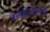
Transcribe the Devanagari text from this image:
नागपुराजवळील